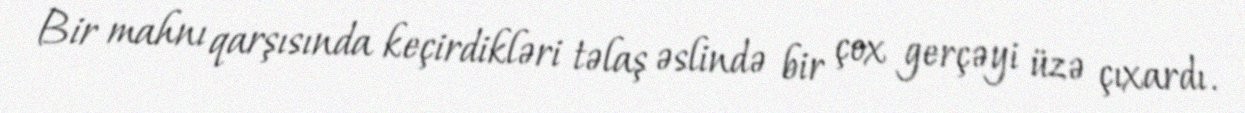
Bir mahnı qarşısında keçirdikləri təlaş əslində bir çox gerçəyi üzə çıxardı.